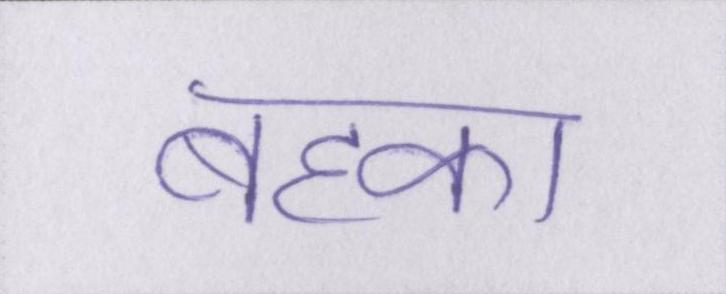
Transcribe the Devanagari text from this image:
बहका